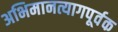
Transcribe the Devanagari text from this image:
अभिमानत्यागपूर्वक